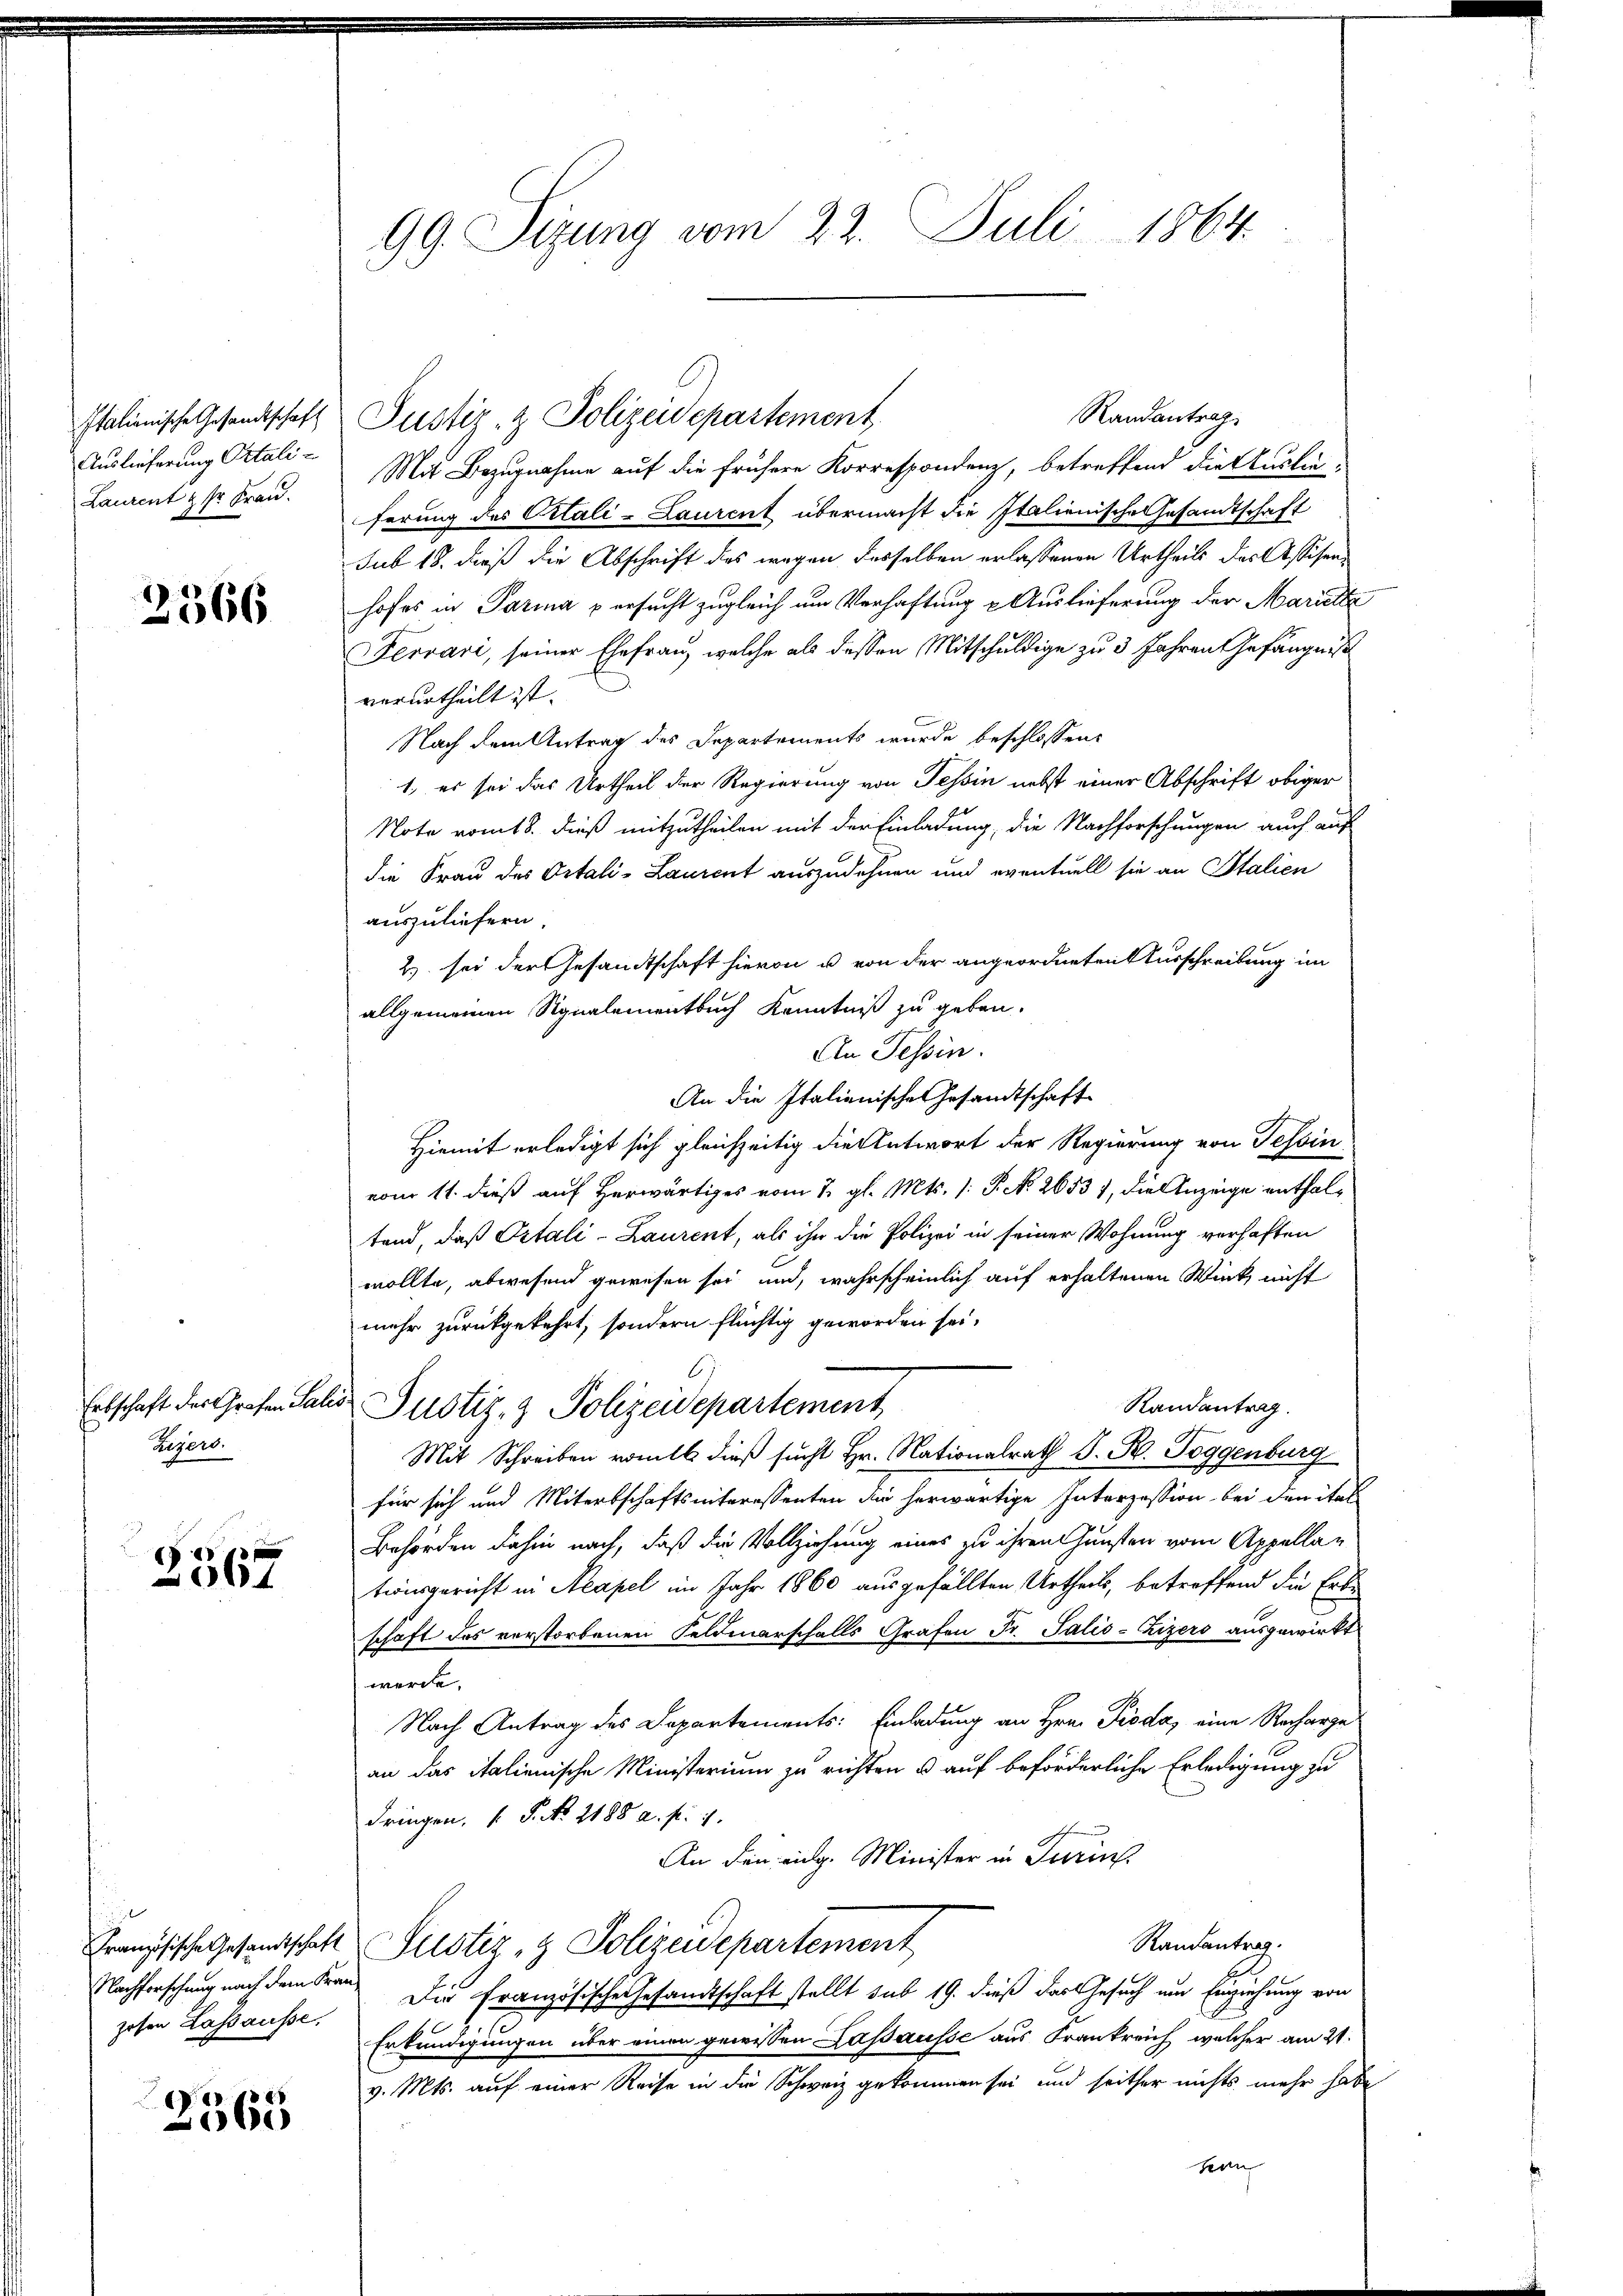
Auslieferung Ortali¬
Laurent & sr. Frau.

2366

aigert.

2567

Randantrag
Italienische Gesandtschaft Pustiz- & Polizeidepartement
Mit Bezugnahme auf die frühere Korrespondenz, betreffend die Stuclie-
ferung des Citali-Laurent übermacht die Italienische Gesamtschaft
sub 18. dieß die Abschrift des wegen desselben erlassenen Urtheils das Assisenhofes in Parina persucht zugleich um Verhaftung & Auslieferung der Marielle
Fervari, seiner Ehefrau, welche als dessen Mitschuldige zu 3 Jahren Gefängniß
verurtheilt ist.
Nach dem Antrag des Departements wurde beschlossene
1., es sei das Urtheil der Regierung von Tessin nebst einer Abschrift obiger
Note vom 8. dieß mitzutheilen mit der Einladung, die Nachforschungen auch auf
die Frau des Ortali-Laurent auszudehnen und eventuell sie an Stalien
auszuliefern.
2) sei der Gesandtschaft hievon u. von der angeordnetenturschreibung im
allgemeinen Signalementbuch Kenntniß zu geben.
An Tessin.
An die Italienisches Gesamtschaft
Hiemit erledigt sich gleichzeitig die Antwort der Regierung von Tessin
vom 11. dieß auf herwärtiges vom 1. gl. Mts. (: P. Nr. 26537, die Anzeige enthaltend, daß Ortali-Laurent, als ihn die Polizei in seiner Wohnung verhaften
wollte, abwesend gewesen sei und, wahrscheinlich auf erhaltenen Wink, nicht
mehr zurückgekehrt, sondern flüchtig geworden sei.
Randantrag
Erbschaft der Großen Salis Justiz- & Polizeidepartement
Mit Schreiben ratt dieß sucht Hr. Nationalrath J. R. Toggenburg
für sich und Mitersschaftsinteressenten die herwärtige Interzession bei den ital
Behörden dahin nach, daß die Vollziehung eines zu ihren Gunsten vom Appellan
tionsgericht in Neapel im Jahr 1860 ausgefällten Urtheils, betreffend die Erbe
schaft des verstorbenen Feldmarschalls Grafen Fr. Salis-Zizers ausgewirkt
werde.
Nach Antrag des Departements: Einladung an Hrn. Pioda, eine Recharge
an das italienische Ministerium zu richten & auf beförderliche Erledigung zu
dringen, 1 P. No. 2188 a. p. 1.
An den eidg. Minister in Turins
Randantrag.
Französische Gesandtschaft Justiz- & Polizeidepartement
Nachforschung nach dem Kren Die Französische Gesandtschaft stellt sub 19. dieß das Gesuch um Einziehung von
Erkundigungen über einen gewissen Cassausse aus Frankreich, welcher am 21.
v. Mts. auf einer Reise in die Schweiz gekommen sei und seither nichts mehr habe,
kan

zosen Lassausse,

2565

99. Sizung vom 22. Juli 1864.